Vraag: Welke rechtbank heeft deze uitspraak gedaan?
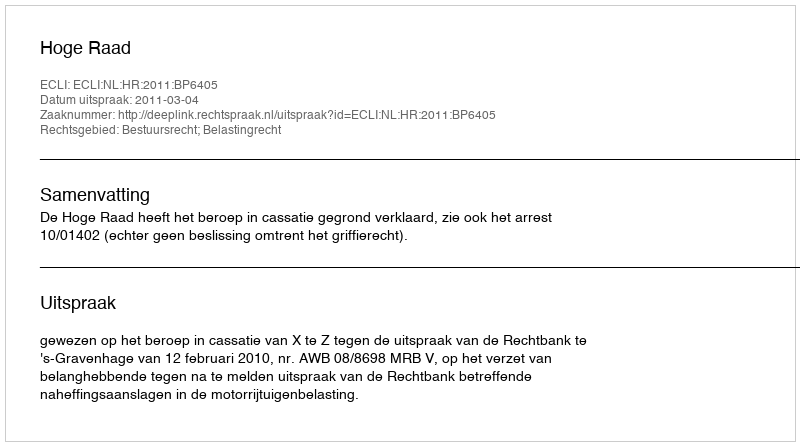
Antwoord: Hoge Raad